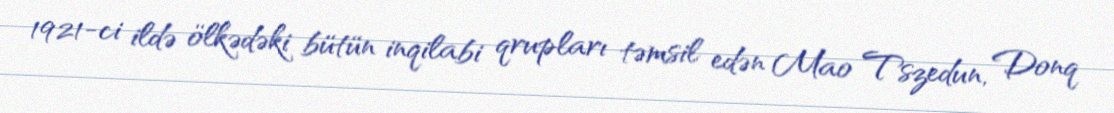
1921-ci ildə ölkədəki bütün inqilabi qrupları təmsil edən Mao Tszedun, Donq